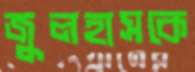
জুলহাসকে